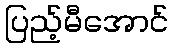
ပြည့်မီအောင်